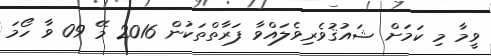
ވީމާ މި ކަމަށް ޝައުޤުވެރިވެލައްވާ ފަރާތްތަކުން 2016 މޭ 09 ވާ ހޯމަ